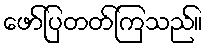
ဖော်ပြတတ်ကြသည်။